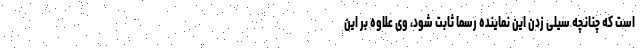
است که چنانچه سیلی زدن این نماینده رسماً ثابت شود، وی علاوه بر این